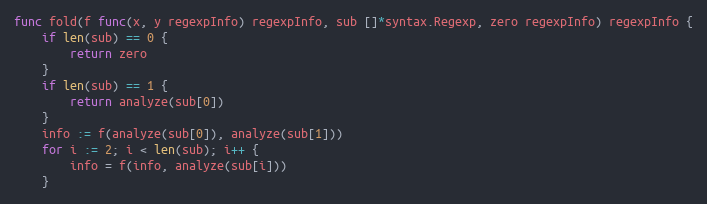
Language: Go
func fold(f func(x, y regexpInfo) regexpInfo, sub []*syntax.Regexp, zero regexpInfo) regexpInfo {
	if len(sub) == 0 {
		return zero
	}
	if len(sub) == 1 {
		return analyze(sub[0])
	}
	info := f(analyze(sub[0]), analyze(sub[1]))
	for i := 2; i < len(sub); i++ {
		info = f(info, analyze(sub[i]))
	}